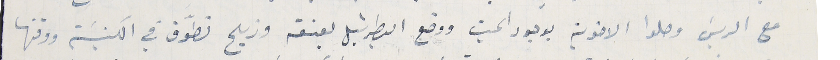
مع الريسَ وصلوا الاخوية بوجود الميت ووضع البطرشيل بعنقه وزيح تطوَّف في الكنيسَة ووقتها